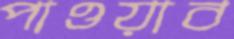
পাওয়াব